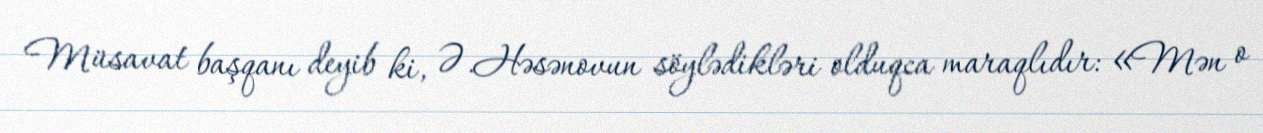
Müsavat başqanı deyib ki, Ə.Həsənovun söylədikləri olduqca maraqlıdır: «Mən o